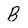
Character: B